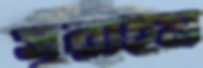
সুরাইম